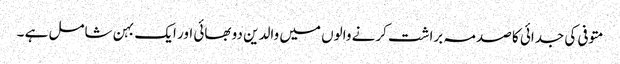
متوفی کی جدائی کا صدمہ براشت کرنے والوں میں والدین دو بھائی اور ایک بہن شامل ہے ۔